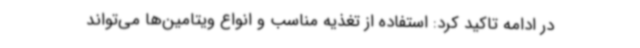
در ادامه تاکید کرد: استفاده از تغذیه مناسب و انواع ویتامین‌ها می‌تواند